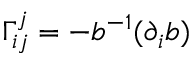
\Gamma _ { i j } ^ { j } = - b ^ { - 1 } ( \partial _ { i } b )